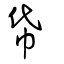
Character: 帒